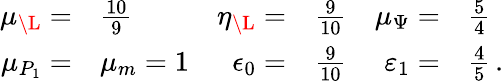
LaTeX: \begin{array}{rlrlrl}{\mu_{\L}=}&{\frac{10}{9}}&{\eta_{\L}=}&{\frac{9}{10}}&{\mu_{\Psi}=}&{\frac{5}{4}}\\ {\mu_{P_{1}}=}&{\mu_{m}=1}&{\epsilon_{0}=}&{\frac{9}{10}}&{\varepsilon_{1}=}&{\frac{4}{5}\, .}\end{array}